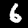
Label: 6